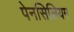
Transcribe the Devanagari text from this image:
पेनसिलियम